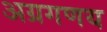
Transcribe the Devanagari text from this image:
अग्रगणय